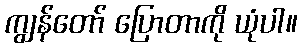
ကျွန်တော် ပြောတာကို ယုံပါ။